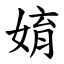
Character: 㛩